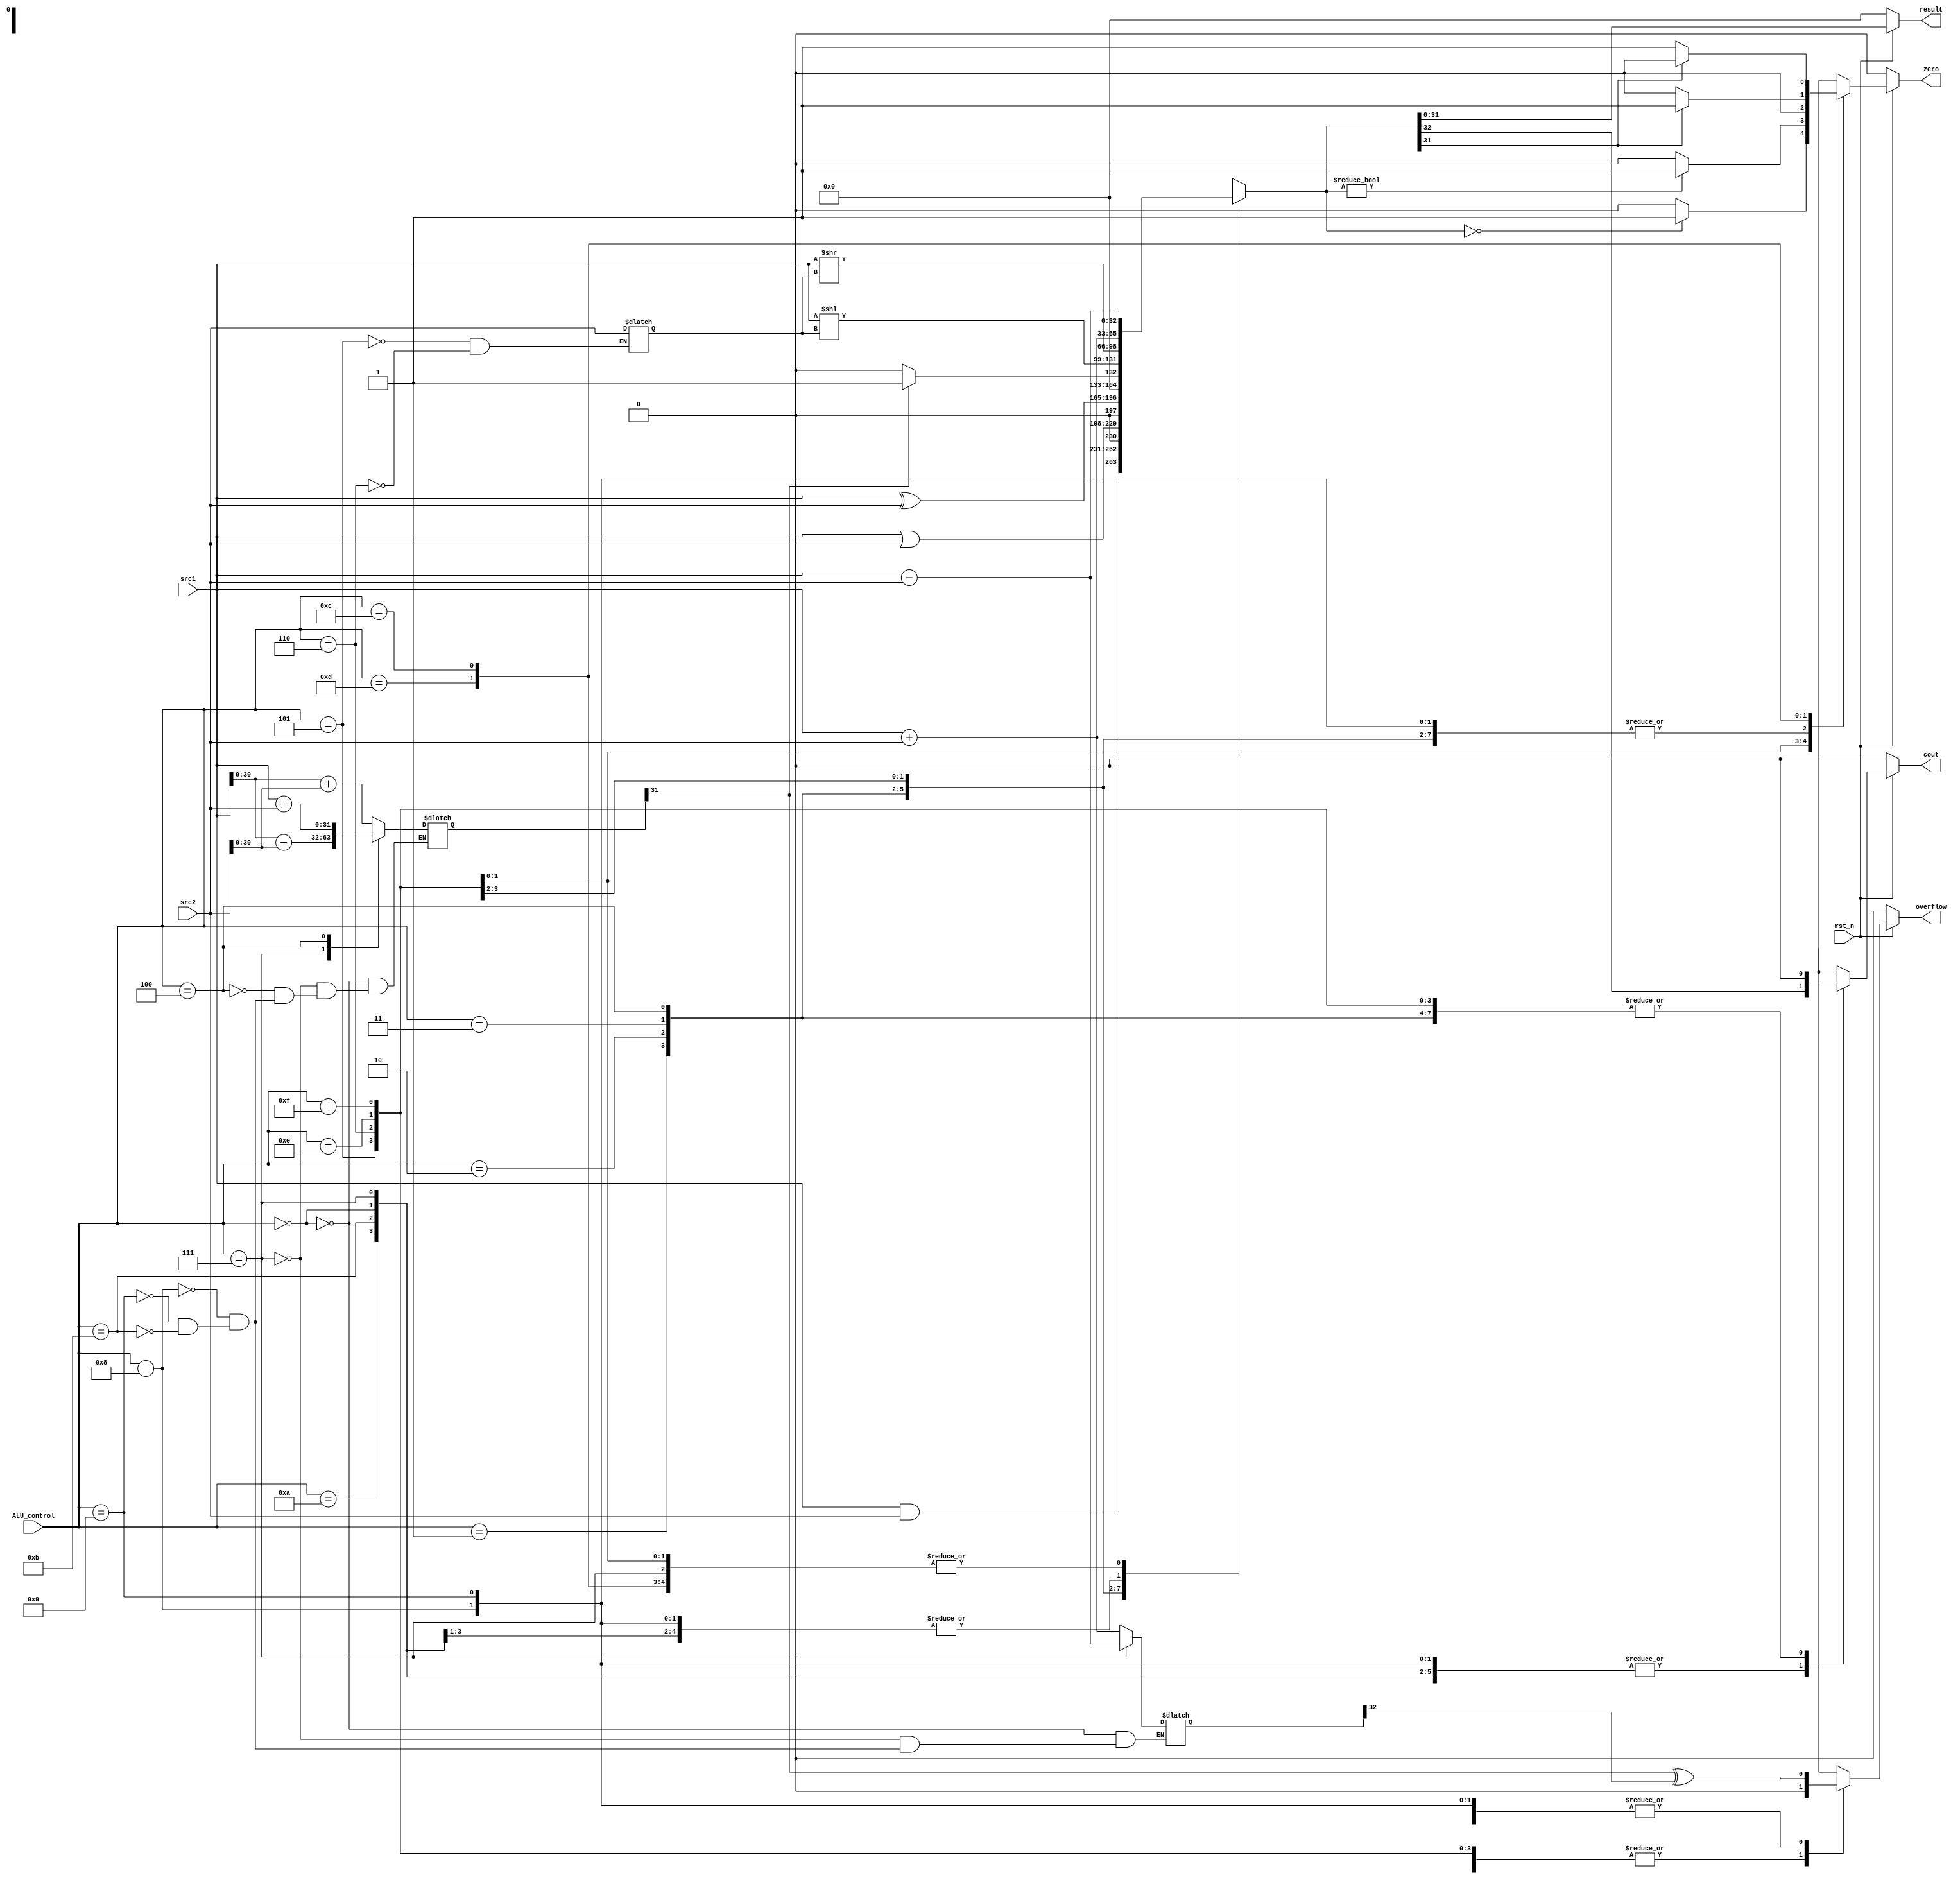
/***************************************************
Student Name:	Ia 
Student ID:	0716241 0816137
***************************************************/
`timescale 1ns/1ps

module alu(
	input                   rst_n,         // negative reset            (input)
	input	     		[32-1:0]	src1,          // 32 bits source 1          (input)
	input	     		[32-1:0]	src2,          // 32 bits source 2          (input)
	input 	      [ 4-1:0] ALU_control,   // 4 bits ALU control input  (input)
	output reg   	[32-1:0]	result,        // 32 bits result            (output)
	output reg              zero,          // 1 bit when the output is 0, zero must be set (output)
	output reg              cout,          // 1 bit carry out           (output)
	output reg              overflow       // 1 bit overflow            (output)
	);
/* Write your code HERE */
reg [33-1:0]result_k;
reg zero_k;
reg cout_k;
reg overflow_k;	
reg [31:0]result_c31;
reg [32:0]result_c32;
reg res_and,res_or,res_add;
integer intger_n;
always@(*)
begin
	case(ALU_control)
		4'b0000://add addi
		begin
			result_k<=src1+src2;
			result_c31<=src1[30:0]+src2[30:0];
			result_c32<=src1+src2;
			zero_k<=0;
			cout_k<=result_k[32];
			overflow_k<=result_c31[31]^result_c32[32];
		end
		4'b0111://sub
		begin
			result_k<=src1-src2;
			result_c31<=src1[30:0]-src2[30:0];
			result_c32<=src1-src2;
			zero_k<=0;
			cout_k<=result_k[32];
			overflow_k<=result_c31[31]^result_c32[32];
		end
		4'b0001://and andi
		begin
			result_k<=src1&src2;
			zero_k<=0;
			cout_k<=0;
			overflow_k<=0;
		end
		4'b0010://or ori
		begin
			result_k<=src1|src2;
			zero_k<=0;
			cout_k<=0;
			overflow_k<=0;
		end
		4'b0011://xor xori
		begin
			result_k<=(src1)^(src2);
			zero_k<=0;
			cout_k<=0;
			overflow_k<=0;
		end
		4'b0100://slt slti
		begin
			result_c31<=src1-src2;
			if(result_c31[31]==1)
				result_k<=1;
			else
				result_k<=0;
			zero_k<=0;
			cout_k<=0;
			overflow_k<=result_c31[31]^result_c32[32];
		end
		4'b0101://sll slli
		begin
			intger_n<=src2;
			result_k<=(src1)<<intger_n;
			zero_k<=0;
			cout_k<=0;
			overflow_k<=0;
		end
		4'b0110://sra srli
		begin
			intger_n<=src2;
			result_k<=(src1)>>intger_n;
			zero_k<=0;
			cout_k<=0;
			overflow_k<=0;
		end	
		4'b1110://beq
		begin
			result_k<=src1-src2;
			if(result_k==0)
				zero_k<=1;
			else
				zero_k<=0;
			cout_k<=0;
			overflow_k<=0;
		end
		4'b1111://bne
		begin
			result_k<=src1-src2;
			if(result_k!=0)
				zero_k<=1;
			else
				zero_k<=0;
			cout_k<=0;
			overflow_k<=0;
		end
//lab4 update
		4'b1000://lw
		begin
			result_k<=src1+src2;
			result_c31<=src1[30:0]+src2[30:0];
			result_c32<=src1+src2;
			zero_k<=0;
			cout_k<=result_k[32];
			overflow_k<=result_c31[31]^result_c32[32];
		end
		4'b1001://sw
		begin
			result_k<=src1+src2;
			result_c31<=src1[30:0]+src2[30:0];
			result_c32<=src1+src2;
			zero_k<=0;
			cout_k<=result_k[32];
			overflow_k<=result_c31[31]^result_c32[32];
		end
		4'b1010://jalr
		begin
			result_k<=src1+src2;
			zero_k<=0;
			cout_k<=result_k[32];
			overflow_k<=result_c31[31]^result_c32[32];
		end
		4'b1011://jal
		begin
			result_k<=src1+src2;
			result_c31<=src1[30:0]+src2[30:0];
			result_c32<=src1+src2;
			zero_k<=0;
			cout_k<=result_k[32];
			overflow_k<=result_c31[31]^result_c32[32];
		end
		4'b1101://blt
		begin	
			result_k<=src1-src2;
			if(result_k[31]==1)
				zero_k<=1;
			else
				zero_k<=0;
			cout_k<=0;
			overflow_k<=result_c31[31]^result_c32[32];
		end
		4'b1100://bge
		begin
			result_k<=src1-src2;
			if(result_k[31]==0)
				zero_k<=1;
			else
				zero_k<=0;
			cout_k<=0;
			overflow_k<=result_c31[31]^result_c32[32];
		end
	endcase
	if(rst_n==0)
		begin
			result<=0;
			zero<=0;
			cout<=0;
			overflow<=0;
		end
	else
		begin
			result<=result_k;
			zero<=zero_k;
			cout<=cout_k;
			overflow<=overflow_k;
		end
end
endmodule